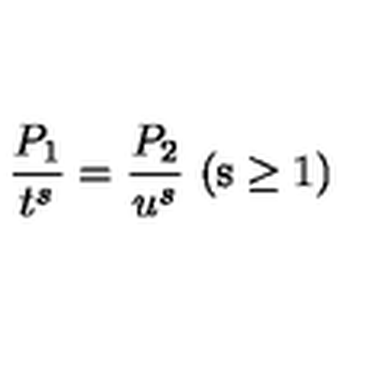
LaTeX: \frac { P _ { 1 } } { t ^ { s } } = \frac { P _ { 2 } } { u ^ { s } } \ \mathrm { ( s \geq 1 ) }